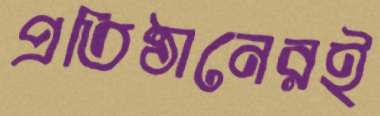
প্রতিষ্ঠানেরই